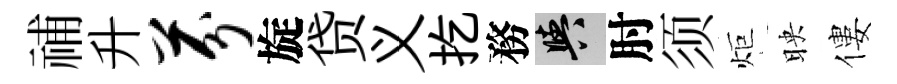
𥙷升芬旋贷义扢務阳肘须炬映僂